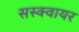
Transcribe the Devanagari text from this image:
सस्क्वायर